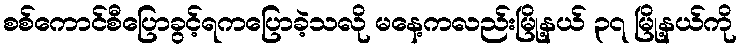
စစ်ကောင်စီပြောခွင့်ရကပြောခဲ့သလို မနေ့ကလည်းမြို့နယ် ၃၇ မြို့နယ်ကို